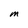
Character: M